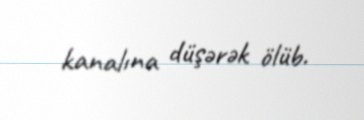
kanalına düşərək ölüb.